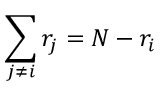
\sum _ { j \neq i } r _ { j } = N - r _ { i }